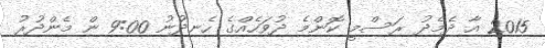
2015 އާ ދެމެދު ރަސްމީ ކޮންމެ ދުވަހެއްގެ ހެނދުނު 9:00 ން މެންދުރު